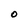
Character: O